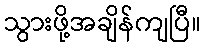
သွားဖို့အချိန်ကျပြီ။